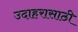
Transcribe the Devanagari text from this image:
उदाहरासाठी